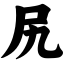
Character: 尻